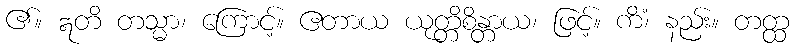
၏။ ဣတိ တသ္မာ၊ ကြောင့်။ ဧတာယ ယုတ္တိစိန္တာယ၊ ဖြင့်။ ကိံ၊ နည်း။ တတ္ထ